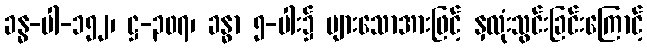
ခန္ဓ-ပါ-၁၅၂၊ ဋ္ဌ-၃၀၇၊ ခန္ဓာ ၅-ပါး၌ များသောအားဖြင့် နှလုံးသွင်းခြင်းကြောင့်